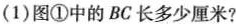
(1)图①中的BC长多少厘米?